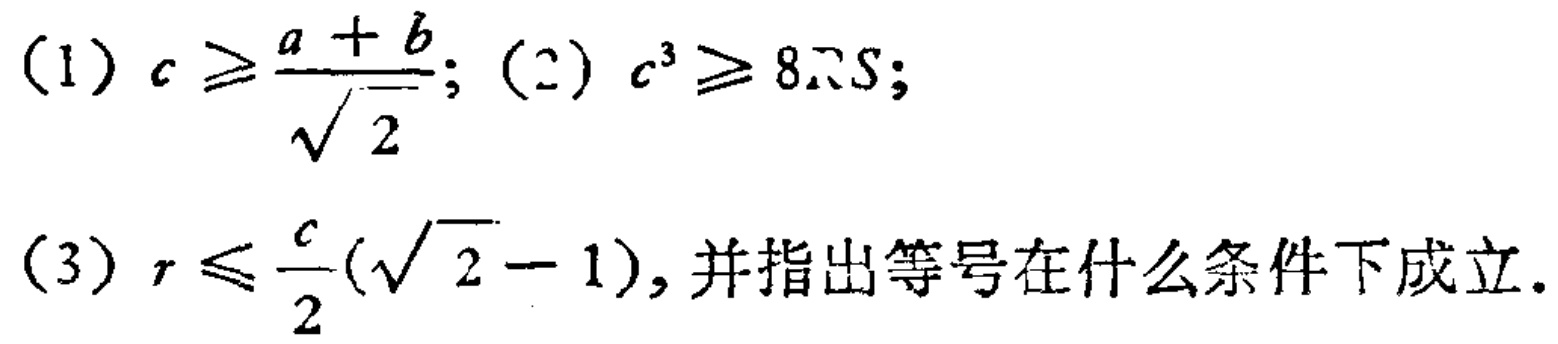
(1) \(c \geq \frac{a + b}{\sqrt{2}}\); (2) \(c^{3} \geq 8\pi S\);
(3) \(r \leq \frac{c}{2}(\sqrt{2} - 1)\), 并指出等号在什么条件下成立.